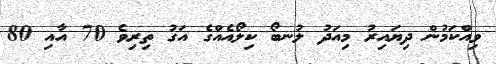
ވިއްކަމުން ދިޔައިރު މިއަަދު ލުނބޯ ކިލޯއެއްގެ އަގު ތިރިވެ 70 އާއި 80